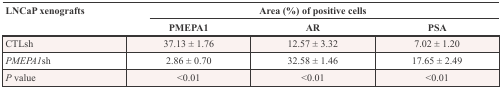
| <ROWSPAN=2> LNCaP xenografts | <COLSPAN=3> Area (%) of positive cells |
 | PMEPA1 | AR | PSA |
 | --- | --- | --- | --- |
 | CTLsh | 37.13 ± 1.76 | 12.57 ± 3.32 | 7.02 ± 1.20 |
 | PMEPA1sh | 2.86 ± 0.70 | 32.58 ± 1.46 | 17.65 ± 2.49 |
 | P value | <0.01 | <0.01 | <0.01 |